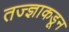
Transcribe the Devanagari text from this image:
तज्‍ज्ञाकडून